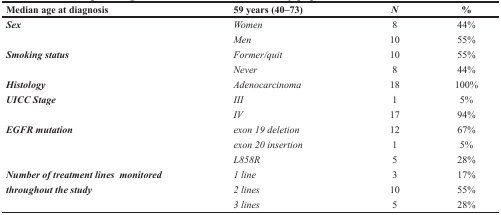
| Median age at diagnosis | 59 years (40–73) | N | % |
 | --- | --- | --- | --- |
 | Sex | Women | 8 | 44% |
 |  | Men | 10 | 55% |
 | Smoking status | Former/quit | 10 | 55% |
 |  | Never | 8 | 44% |
 | Histology | Adenocarcinoma | 18 | 100% |
 | UICC Stage | III | 1 | 5% |
 |  | IV | 17 | 94% |
 | EGFR mutation | exon 19 deletion | 12 | 67% |
 |  | exon 20 insertion | 1 | 5% |
 |  | L858R | 5 | 28% |
 | Number of treatment lines monitored | 1 line | 3 | 17% |
 | throughout the study | 2 lines | 10 | 55% |
 |  | 3 lines | 5 | 28% |